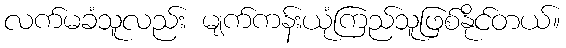
လက်မခံသူလည်း မျက်ကန်းယုံကြည်သူဖြစ်နိုင်တယ်။